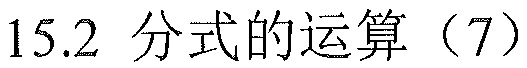
15.2 分式的运算（7）